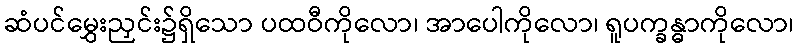
ဆံပင်မွှေးညှင်း၌ရှိသော ပထဝီကိုလော၊ အာပေါကိုလော၊ ရူပက္ခန္ဓာကိုလော၊